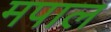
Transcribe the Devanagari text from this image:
मपाल